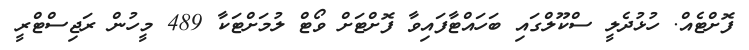
ފޮށްޓެއް. ހުޅުދެލީ ސްކޫލްގައި ބަހައްޓާފައިވާ ފޮށްޓަށް ވޯޓް ލުމަށްޓަކާ 489 މީހުން ރަޖިސްޓްރީ